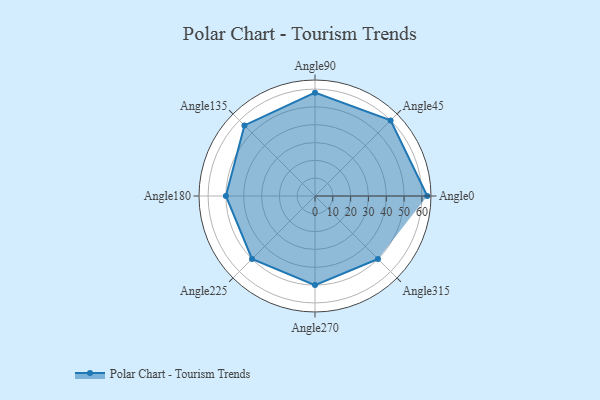
{"axis": {"x": "Angle", "y": "Radius"}, "legend": [""], "data": [{"x": "Angle0", "y": 63.0, "type": ""}, {"x": "Angle45", "y": 60.0, "type": ""}, {"x": "Angle90", "y": 58.0, "type": ""}, {"x": "Angle135", "y": 56.0, "type": ""}, {"x": "Angle180", "y": 50, "type": ""}, {"x": "Angle225", "y": 50, "type": ""}, {"x": "Angle270", "y": 50, "type": ""}, {"x": "Angle315", "y": 50, "type": ""}]}